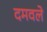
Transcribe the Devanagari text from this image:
दमवले